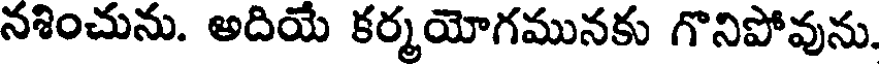
నశించును. అదియే కర్మయోగమునకు గొనిపోవును.